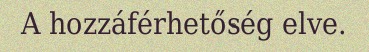
A hozzáférhetőség elve.